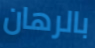
بالرهان